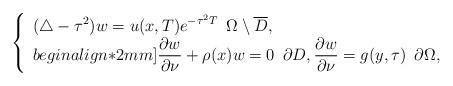
LaTeX: \begin{align*}\left\{\begin{array}{l}\displaystyle(\triangle-\tau^2)w = u(x,T)e^{-\tau^2T}\,\,\,\Omega\setminus\overline D,\\begin{align*}2mm]\displaystyle\frac{\partial w}{\partial\nu}+\rho(x)w=0\,\,\,\partial D,\displaystyle\frac{\partial w}{\partial\nu}=g(y,\tau)\,\,\,\partial\Omega,\end{array}\right.\end{align*}